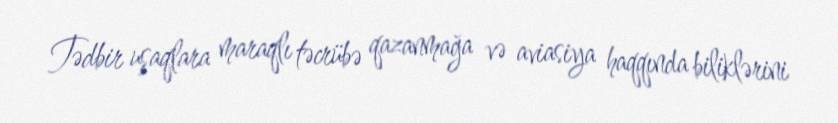
Tədbir uşaqlara maraqlı təcrübə qazanmağa və aviasiya haqqında biliklərini